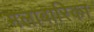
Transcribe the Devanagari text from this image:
मलाबारिका